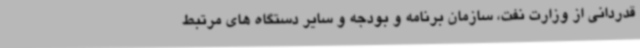
قدردانی از وزارت نفت، سازمان برنامه و بودجه و سایر دستگاه های مرتبط